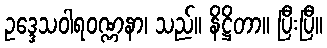
ဥဒ္ဒေသဝါရဝဏ္ဏနာ၊ သည်။ နိဋ္ဌိတာ။ ပြီးပြီ။